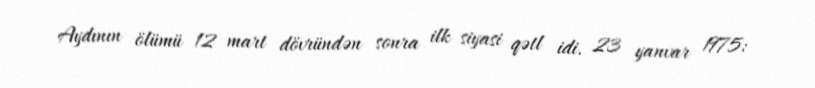
Aydının ölümü 12 mart dövründən sonra ilk siyasi qətl idi. 23 yanvar 1975: